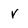
Character: v